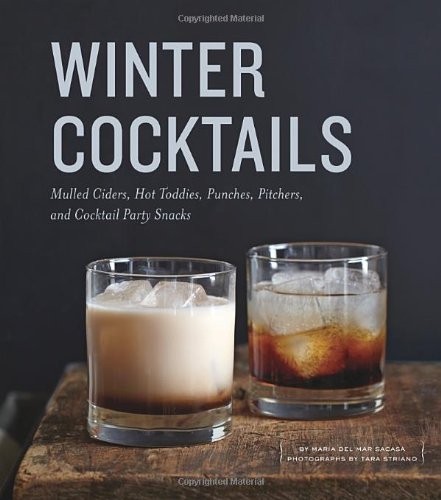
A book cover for Winter Cocktails: Mulled Ciders, Hot Toddies, Punches, Pitchers, and Cocktail Party Snacks; Maria del Mar Sacasa; Cookbooks, Food & Wine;